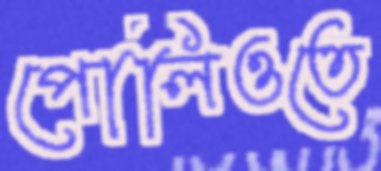
পোলিওতে